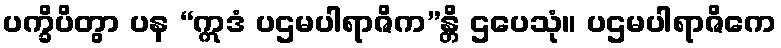
ပက္ခိပိတွာ ပန “ဣဒံ ပဌမပါရာဇိက”န္တိ ဌပေသုံ။ ပဌမပါရာဇိကေ